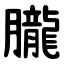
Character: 朧